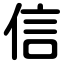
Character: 信